Leaving Certificate Examination (including Day School Certificate (Higher) General paper), 1928
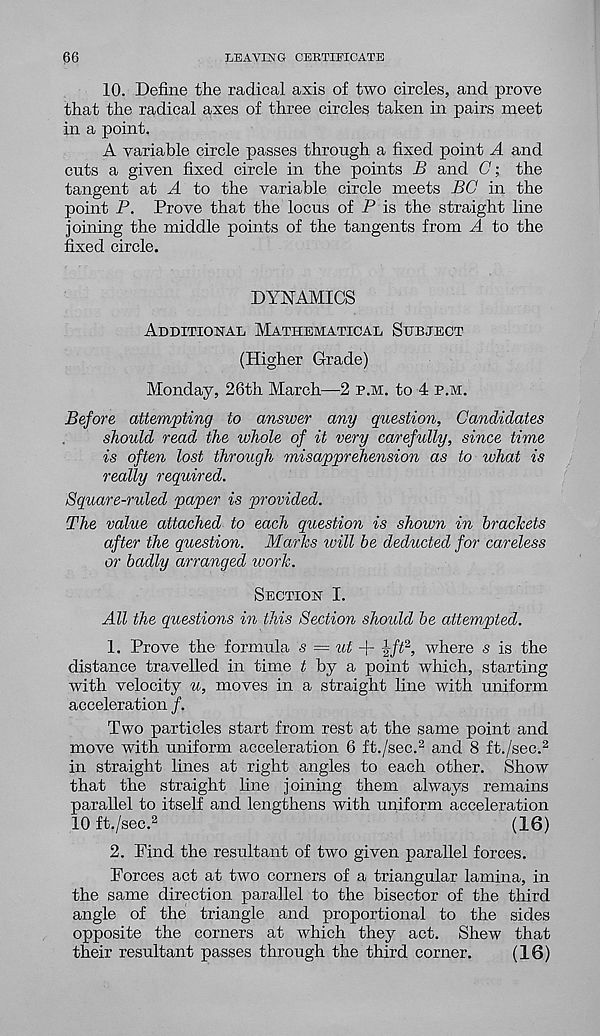
66
LEAVING CERTIFICATE
10. Define the radical axis of two circles, and prove
that the radical axes of three circles taken in pairs meet
in a point,
A variable circle passes through a fixed point A and
cuts a given fixed circle in the points B and C; the
tangent at A to the variable circle meets BO in the
point P. Prove that the locus of P is the straight line
joining the middle points of the tangents from A to the
fixed circle.
DYNAMICS
Additional Mathematical Subject
(Higher Grade)
Monday, 26th March—2 p.m. to 4 p.m.
Before attempting to answer any question, Candidates
should read the whole of it very carefully, since time
is often lost through misapprehension as to what is
really required.
Square-ruled paper is provided.
The value attached to each question is shown in brackets
after the question. Marks ivill be deducted for careless
or badly arranged work.
Section I.
All the questions in this Section should be attempted.
1. Prove the formula s = ut + ^ft 2 , where s is the
distance travelled in time t by a point which, starting
with velocity u, moves in a straight line with uniform
acceleration f.
Two particles start from rest at the same point and
move with uniform acceleration 6 ft./sec. 2 and 8 ft./sec. 2
in straight lines at right angles to each other. Show
that the straight line joining them always remains
parallel to itself and lengthens with uniform acceleration
10 ft./sec. 2
(16)
2. Pind the resultant of two given parallel forces.
Forces act at two corners of a triangular lamina, in
the same direction parallel to the bisector of the third
angle of the triangle and proportional to the sides
opposite the corners at which they act. Shew that
their resultant passes through the third corner.
(16)